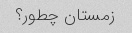
زمستان چطور؟